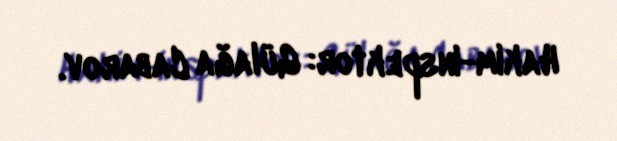
Hakim-inspektor: Gülağa Cabarov.